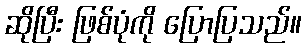
ဆိုပြီး ဖြစ်ပုံကို ပြောပြသည်။